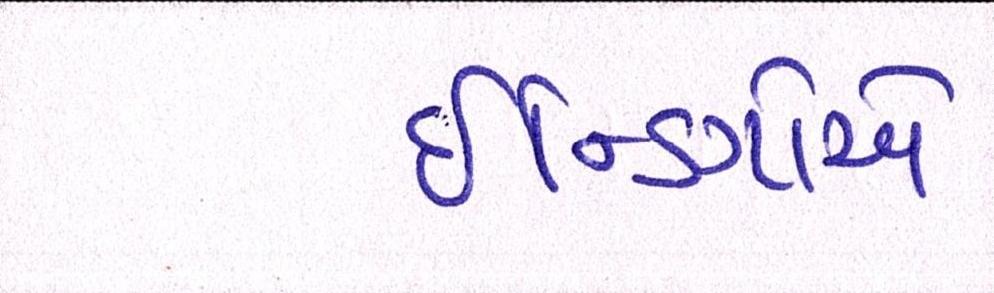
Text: ઇન્ડિગોએ